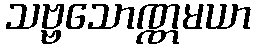
သဗ္ဗသောဏ္ဏမယာ